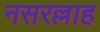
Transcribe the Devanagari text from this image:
नसरल्लाह